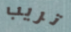
تريب